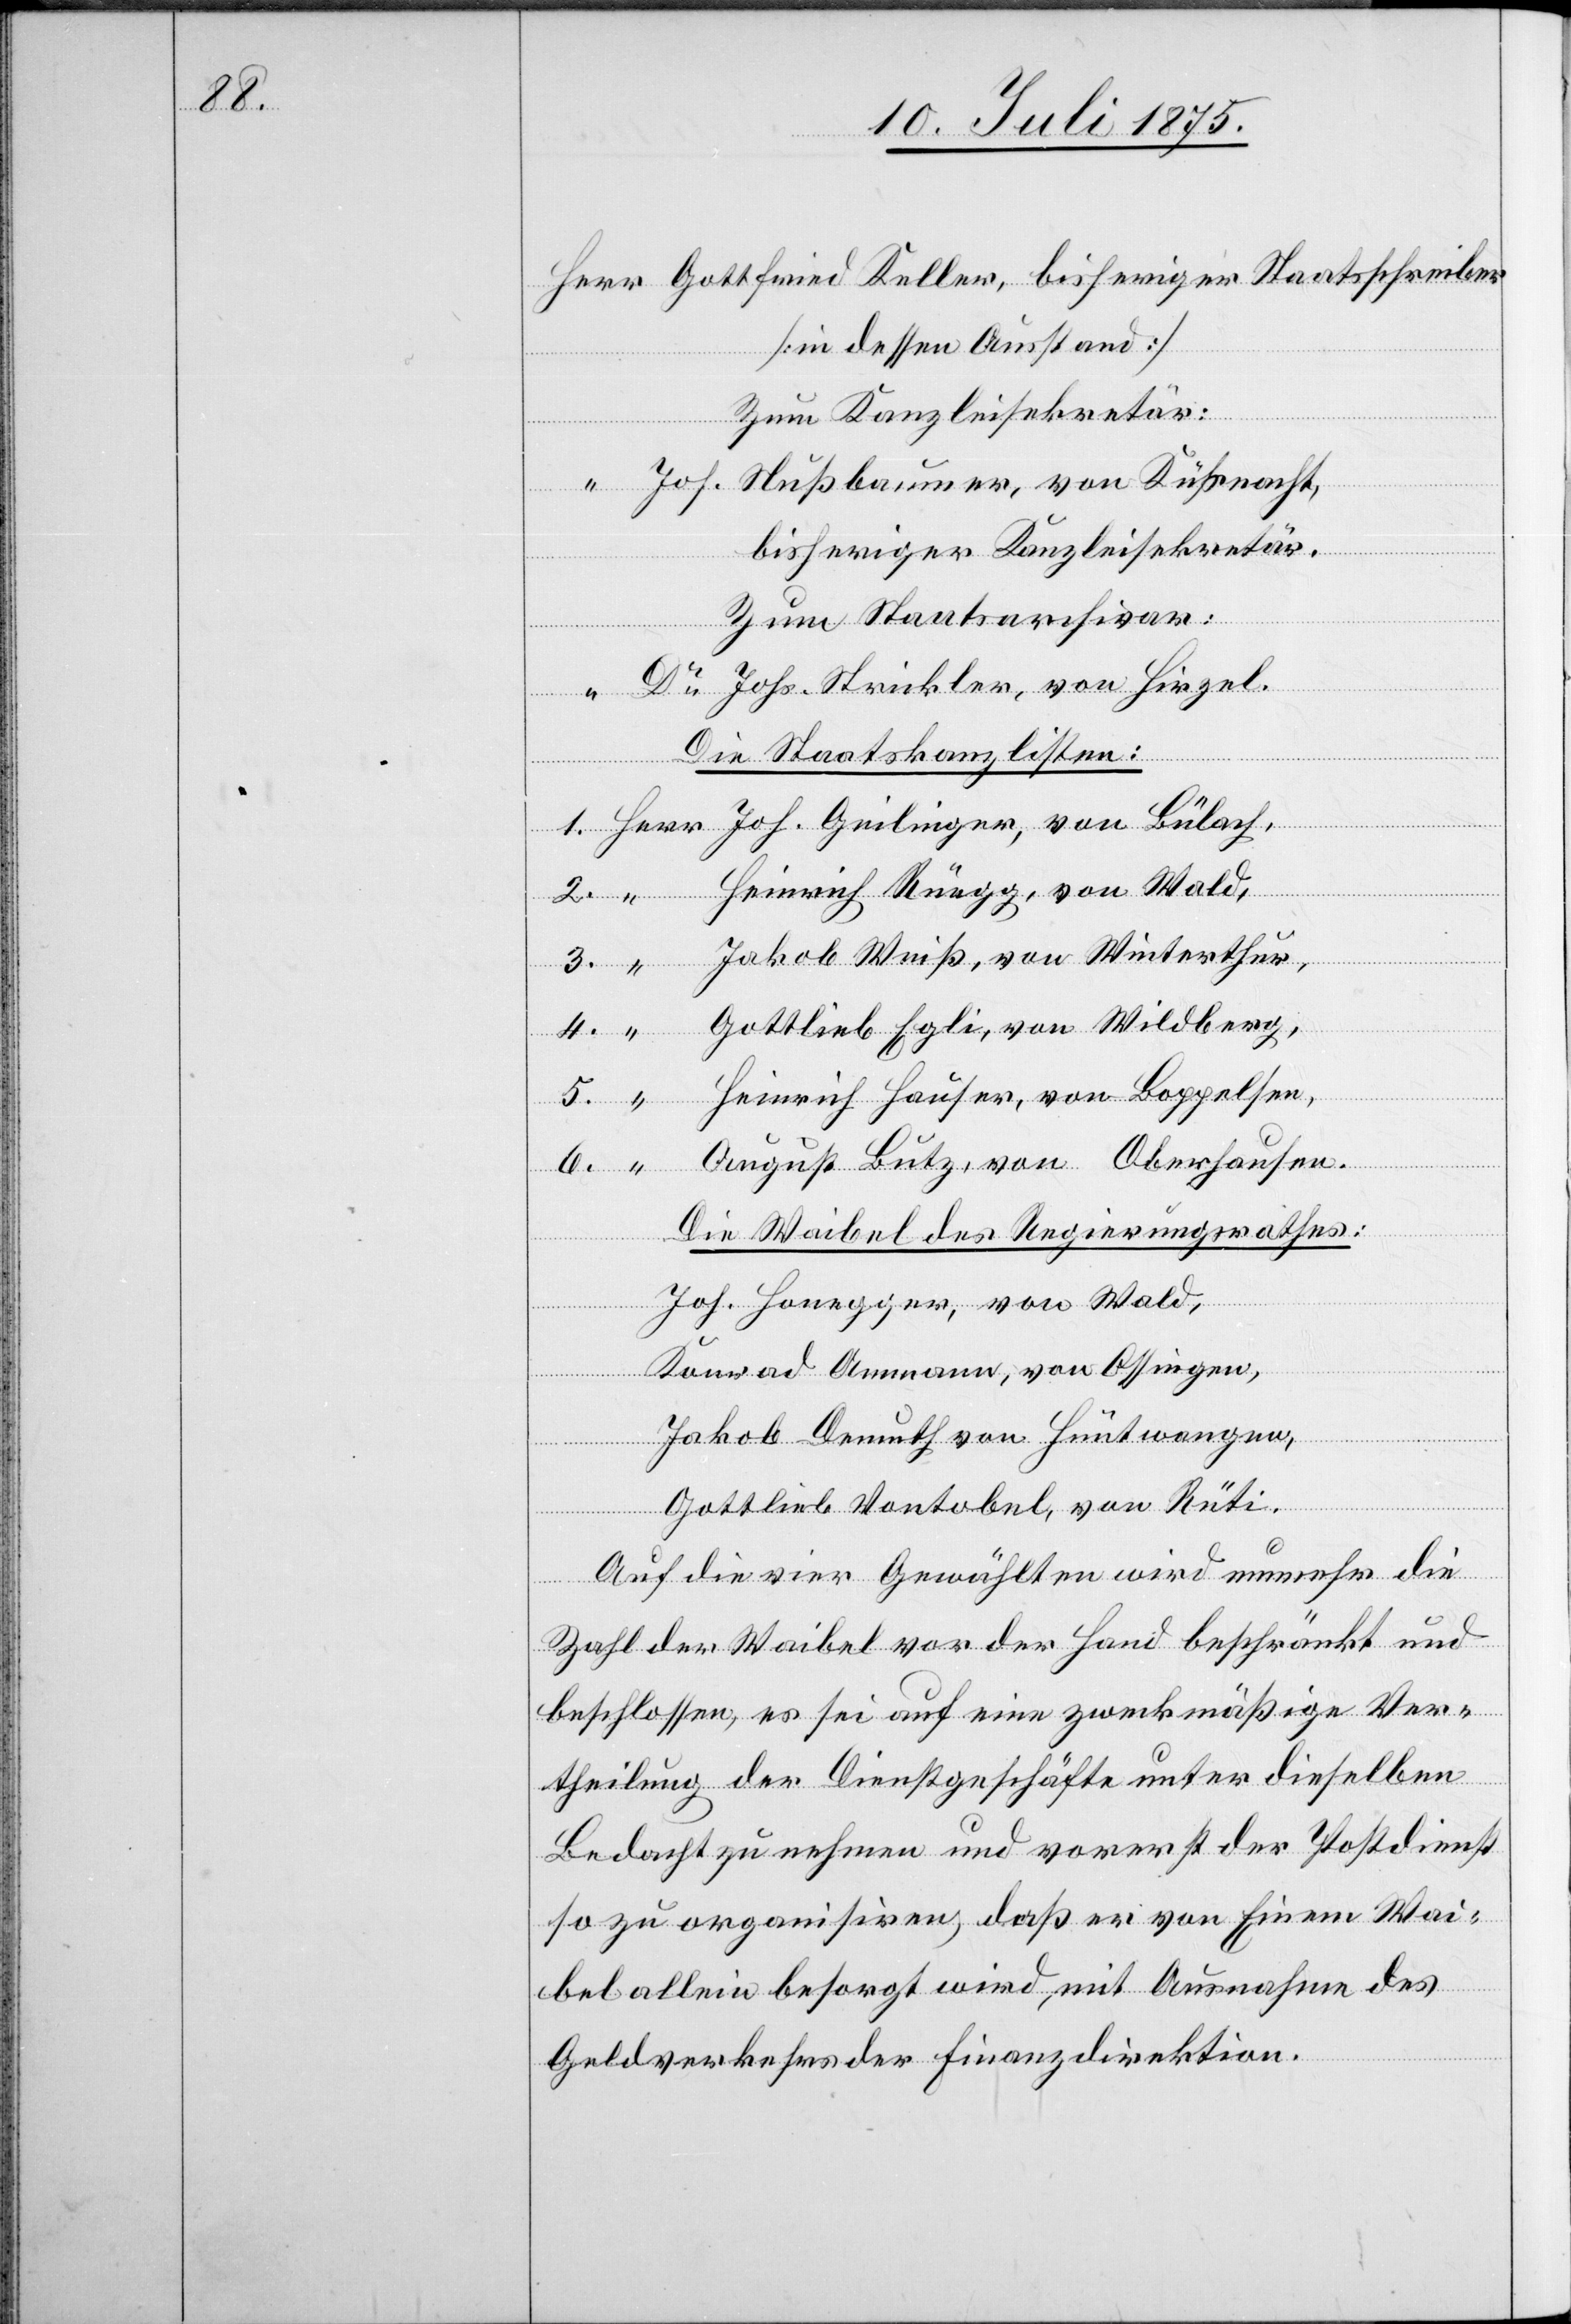
6.

[in dessen Ausstand]
Zum Kanzleisekretär:
Joh. Nußbaumer, von Küßnacht,
Wai¬
bisheriger Kanzleisekretär,
Zum Staatsarchivar:
Dr Johs. Strickler, von Hirzel.
Die Staatskanzlisten:
Heinrich Rüegg, von Wald,
Ossingen,
Jakob Weiß, von Winterthur,
Gottlieb Egli, von Wildberg,
Heinrich Hauser, von Boppelsen,
August Lutz, von Oberhausen.
Die Waibel des Regierungsrathes:
Joh. Honegger, von Wald,
Jakob Demuth, von Hüntwangen,
Gottlieb Vontobel, von Rüti.
Auf die vier Gewählten wird nunmehr die
Zahl der Waibel vor der Hand beschränkt und
beschlossen, es sei auf eine zweckmäßige Ver¬
theilung der Dienstgeschäfte unter dieselben
Bedacht zu nehmen und vorerst der Postdienst
so zu organisiren, daß er von Einem [si¬
bel allein besorgt wird, mit Ausnahme des
Geldverkehrs der Finanzdirektion.